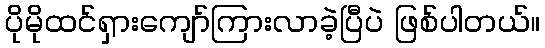
ပိုမိုထင်ရှားကျော်ကြားလာခဲ့ပြီပဲ ဖြစ်ပါတယ်။